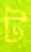
ট